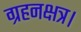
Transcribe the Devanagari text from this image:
ग्रहनक्षत्र।